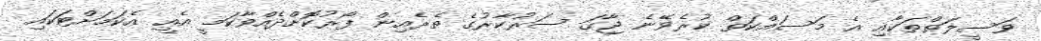
ވަސީލަތްތަކާއި އެ މަސައްކަތް ކުރެވޭނެ ޖާގަ ސަރުކާރުގެ ތެރެއިން ފޯރުކޮށްދެއްވާކަމީ އެއީ އެކަމަށްޓަކައި